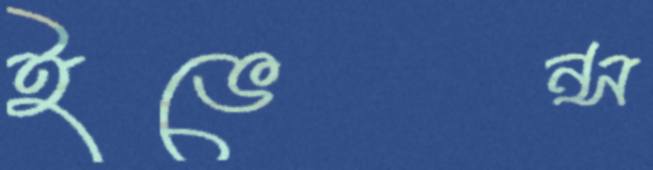
ইভেন্স